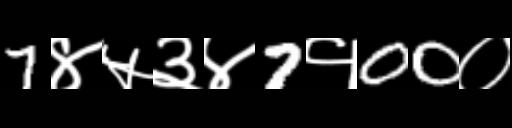
Text: 7४५३४7१00०